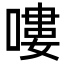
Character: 嘍